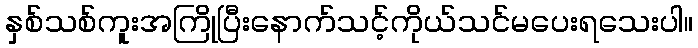
နှစ်သစ်ကူးအကြိုပြီးနောက်သင့်ကိုယ်သင်မပေးရသေးပါ။